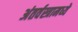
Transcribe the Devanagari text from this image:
अंतर्वस्त्रामध्ये